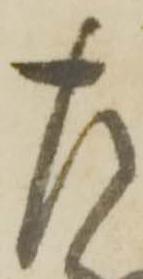
左